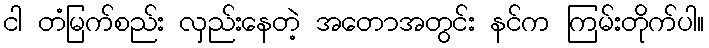
ငါ တံမြက်စည်း လှည်းနေတဲ့ အတောအတွင်း နင်က ကြမ်းတိုက်ပါ။